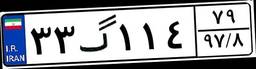
۵۰گ۲۰۲۲۹